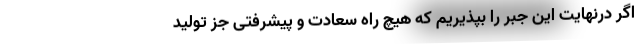
اگر درنهایت این جبر را بپذیریم که هیچ راه سعادت و پیشرفتی جز تولید